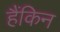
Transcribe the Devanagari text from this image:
हैंकिन